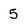
Character: 5